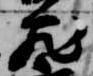
蔵